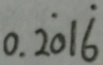
0 . 2 \dot { 0 } 1 \dot { 6 }